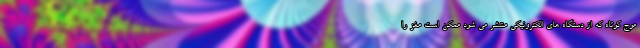
موج کوتاه که از دستگاه های الکترونیکی منتشر می شود ممکن است مغز را